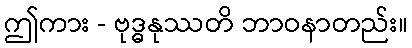
ဤကား - ဗုဒ္ဓနုဿတိ ဘာဝနာတည်း။